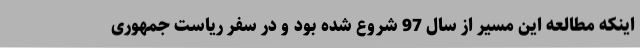
اینکه مطالعه این مسیر از سال 97 شروع شده بود و در سفر ریاست جمهوری